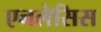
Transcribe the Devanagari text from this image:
एनलेसिस